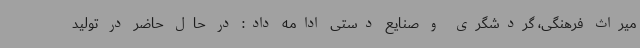
میراث فرهنگی، گردشگری و صنایع دستی ادامه داد: در حال حاضر در تولید